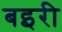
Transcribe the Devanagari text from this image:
बइरी